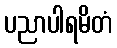
ပညာပါရမိတံ